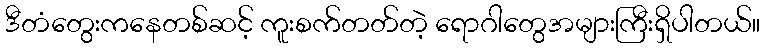
ဒီတံတွေးကနေတစ်ဆင့် ကူးစက်တတ်တဲ့ ရောဂါတွေအများကြီးရှိပါတယ်။